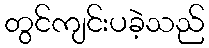
တွင်ကျင်းပခဲ့သည်